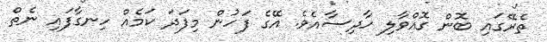
ތެރޭގައި ބޮން ގޮއްވާލި ހާދިސާއެވެ. އޭގެ ފަހުން މިފަދަ ކަމެއް ހިނގާފައި ނެތް